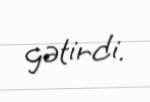
gətirdi.